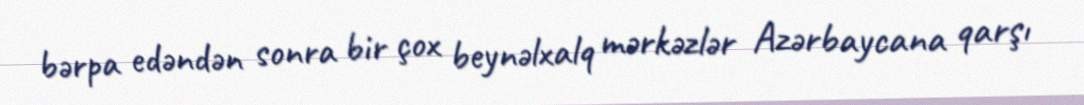
bərpa edəndən sonra bir çox beynəlxalq mərkəzlər Azərbaycana qarşı